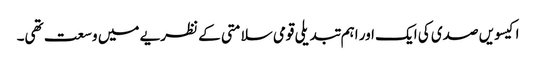
اکیسویں صدی کی ایک اور اہم تبدیلی قومی سلامتی کے نظریے میں وسعت تھی۔